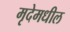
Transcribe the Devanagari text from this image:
मृदेमधील